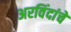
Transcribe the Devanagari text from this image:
अरविंदांचे